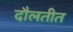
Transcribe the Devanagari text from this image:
दौलतीत